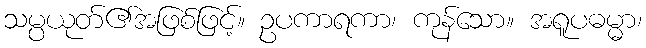
သမ္ပယုတ်၏အဖြစ်ဖြင့်။ ဥပကာရကာ၊ ကုန်သော။ အရူပဓမ္မာ၊